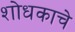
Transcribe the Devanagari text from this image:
शोधकाचे